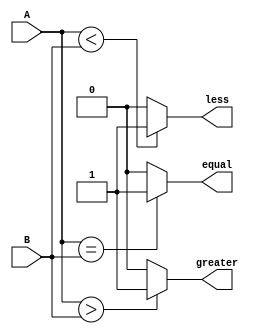
module serial_comparator(
    input [3:0] A,
    input [3:0] B,
    output equal,
    output greater,
    output less
);

assign equal = (A == B) ? 1'b1 : 1'b0;
assign greater = (A > B) ? 1'b1 : 1'b0;
assign less = (A < B) ? 1'b1 : 1'b0;

endmodule